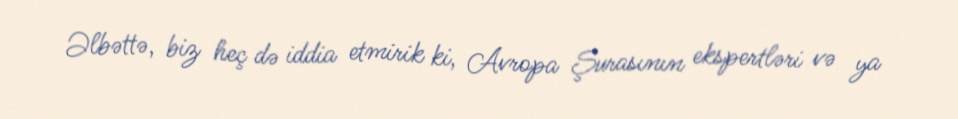
Əlbəttə, biz heç də iddia etmirik ki, Avropa Şurasının ekspertləri və ya